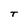
Character: T